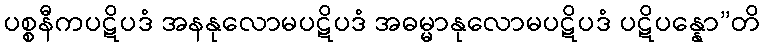
ပစ္စနီကပဋိပဒံ အနနုလောမပဋိပဒံ အဓမ္မာနုလောမပဋိပဒံ ပဋိပန္နော”တိ